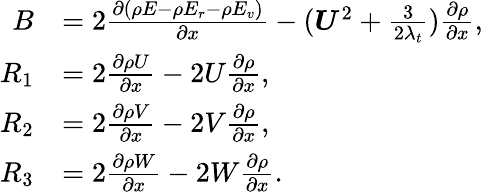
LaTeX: \begin{array}{r}{\begin{array}{rl}{B}&{=2\frac{\partial(\rho E-\rho E_{r}-\rho E_{v})}{\partial x}-(\boldsymbol{U}^{2}+\frac{3}{2\lambda_{t}})\frac{\partial\rho}{\partial x},}\\ {R_{1}}&{=2\frac{\partial\rho U}{\partial x}-2U\frac{\partial\rho}{\partial x},}\\ {R_{2}}&{=2\frac{\partial\rho V}{\partial x}-2V\frac{\partial\rho}{\partial x},}\\ {R_{3}}&{=2\frac{\partial\rho W}{\partial x}-2W\frac{\partial\rho}{\partial x}.}\end{array}}\end{array}